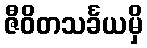
ဇီဝိတသင်္ခယမှိ